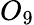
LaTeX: O_{9}